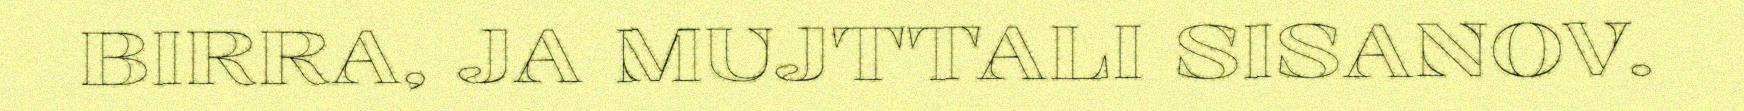
BIRRA, JA MUJTTALI SISANOV.